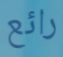
رائع